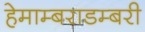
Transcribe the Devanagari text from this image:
हेमाम्बराडम्बरी